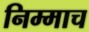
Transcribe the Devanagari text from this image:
निम्माच